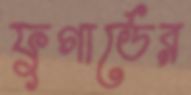
ফুগার্ডের